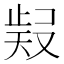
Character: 𭭧